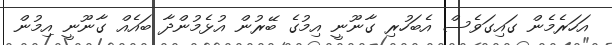
އަހަރެމެން ގައިގަވެސް އެބަހުރި ގާނޫނީ އިމުގެ ބޭރުން އުޅެމުންދާ ބައެއް ގާނޫނީ އިމުން